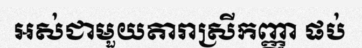
អស់ជាមួយតារាស្រីកញ្ញា ផប់